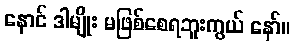
နောင် ဒါမျိုး မဖြစ်စေရဘူးကွယ် နော်။